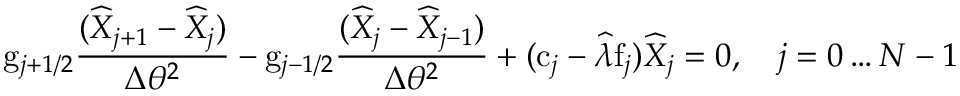
\mathrm { g } _ { j + 1 / 2 } \frac { ( \widehat { X } _ { j + 1 } - \widehat { X } _ { j } ) } { \Delta \theta ^ { 2 } } - \mathrm { g } _ { j - 1 / 2 } \frac { ( \widehat { X } _ { j } - \widehat { X } _ { j - 1 } ) } { \Delta \theta ^ { 2 } } + ( \mathrm { c } _ { j } - \widehat { \lambda } \mathrm { f } _ { j } ) \widehat { X } _ { j } = 0 , \quad j = 0 \ldots N - 1